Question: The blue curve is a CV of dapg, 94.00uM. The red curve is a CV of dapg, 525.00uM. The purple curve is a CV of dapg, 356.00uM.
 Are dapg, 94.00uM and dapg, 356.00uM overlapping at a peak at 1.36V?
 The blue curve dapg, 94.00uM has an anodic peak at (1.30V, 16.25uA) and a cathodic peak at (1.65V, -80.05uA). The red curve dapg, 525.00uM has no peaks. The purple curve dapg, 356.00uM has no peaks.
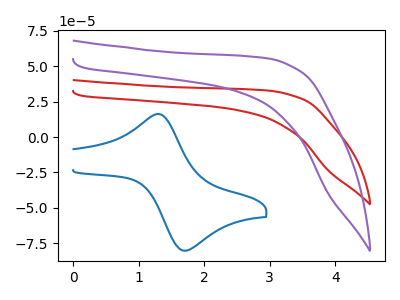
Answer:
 <answer>No, "dapg, 94.00uM" and "dapg, 356.00uM" dont share a peak at 1.36V.</answer>
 <eval>mismatch</eval>